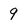
Character: 9